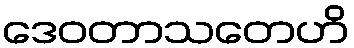
ဒေဝတာသတေဟိ